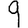
Digit: 9